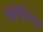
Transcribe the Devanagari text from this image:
कार्याल्य